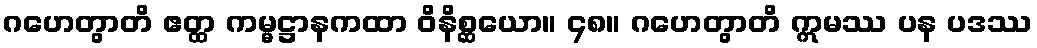
ဂဟေတွာတိ ဧတ္ထ ကမ္မဋ္ဌာနကထာ ဝိနိစ္ဆယော။ ၄၈။ ဂဟေတွာတိ ဣမဿ ပန ပဒဿ